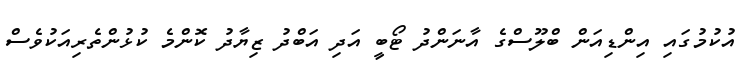
އުކުމުގައި އިންޑިއަން ބްލޫސްގެ އާނަންދު ޓޯބީ އަދި އަބްދު ޒިޔާދު ކޮންމެ ކުޅުންތެރިއަކުވެސް